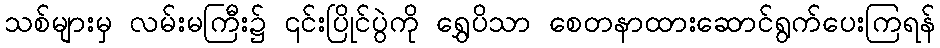
သစ်များမှ လမ်းမကြီး၌ ၎င်းပြိုင်ပွဲကို ရွှေပိသာ စေတနာထားဆောင်ရွက်ပေးကြရန်